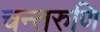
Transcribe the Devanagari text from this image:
चन्तरुणि